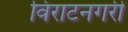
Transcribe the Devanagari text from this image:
विराटनगरी